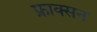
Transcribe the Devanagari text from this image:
फ्राक्सन